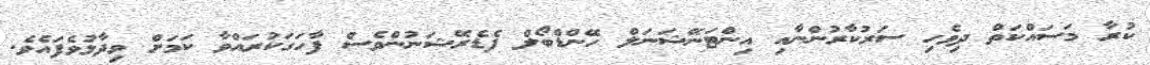
ކުރާ މަސަައްކަތް ދިވެހި ސަރުކާރުންނާއި އިންޓަނޭޝަނަލް ހޭންޑްބޯލް ފެޑެރޭޝަނުންވެސް ފާހަގަކުރައްވާ ކަމަށް ވިދާޅުވެފައެވެ.